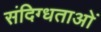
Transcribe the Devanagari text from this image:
संदिग्धताओं